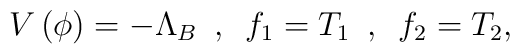
V\left( \phi\right) = - \Lambda_B \,\,\, ,\,\,\, f_1 = T_1\,\,\, ,\,\,\, f_2 = T_2 ,